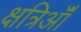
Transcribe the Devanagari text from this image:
क्षत्रिऑँ